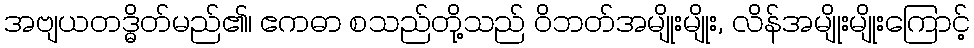
အဗျယတဒ္ဓိတ်မည်၏၊ ဧကဓာ စသည်တို့သည် ဝိဘတ်အမျိုးမျိုး, လိန်အမျိုးမျိုးကြောင့်